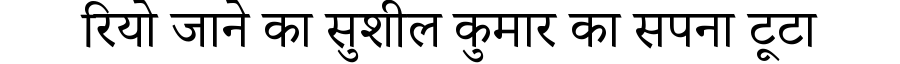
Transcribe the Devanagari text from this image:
रियो जाने का सुशील कुमार का सपना टूटा